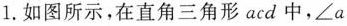
1.如图所示，在直角三角形acd中，$$∠ a